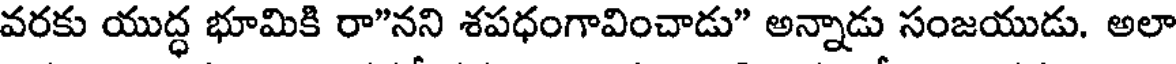
వరకు యుద్ధ భూమికి రా"నని శపధంగావించాడు" అన్నాడు సంజయుడు. అలా